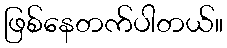
ဖြစ်နေတက်ပါတယ်။